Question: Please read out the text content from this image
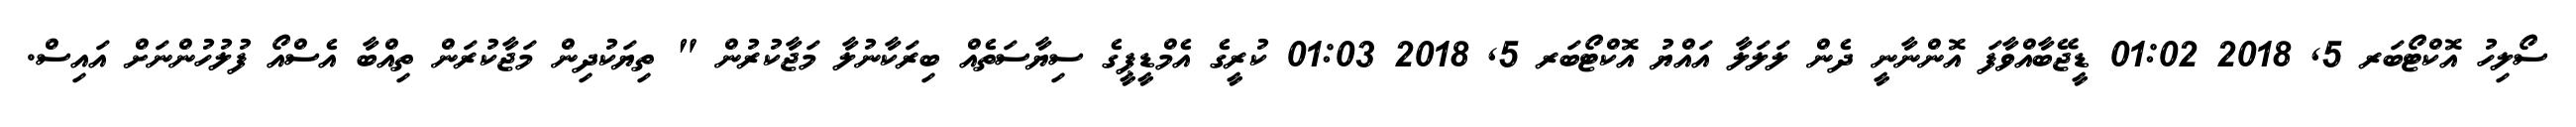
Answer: ސޯލިހު އޮކްޓޯބަރ 5, 2018 01:02 ޑީޖޭބާއްވާފަ އޮންނާނީ ދެން ލަލަލާ އައްޔު އޮކްޓޯބަރ 5, 2018 01:03 ކުރީގެ އެމްޑީޕީގެ ސިޔާސަތެއް ބިރަކާނުލާ މަޖާކުރުން " ތިޔަކުދިން މަޖާކުރަން ތިއްބާ އެސްއޯ ފުލުހުންނަށް އައިސް.